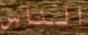
الناس